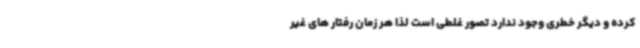
کرده و دیگر خطری وجود ندارد تصور غلطی است لذا هر زمان رفتار های غیر